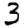
Digit: 3